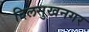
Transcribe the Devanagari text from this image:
दिलसुखनगर